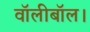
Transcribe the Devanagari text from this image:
वॉलीबॉल।